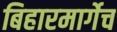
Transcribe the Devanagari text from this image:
बिहारमार्गेच